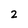
Character: 2